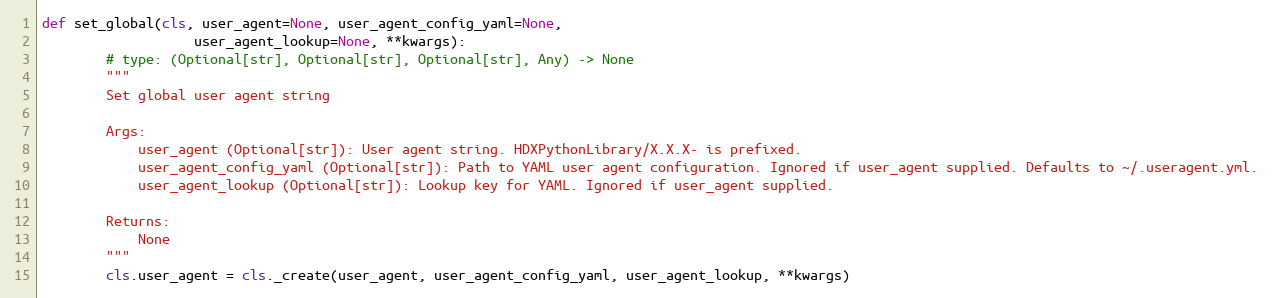
Language: Python
def set_global(cls, user_agent=None, user_agent_config_yaml=None,
                   user_agent_lookup=None, **kwargs):
        # type: (Optional[str], Optional[str], Optional[str], Any) -> None
        """
        Set global user agent string

        Args:
            user_agent (Optional[str]): User agent string. HDXPythonLibrary/X.X.X- is prefixed.
            user_agent_config_yaml (Optional[str]): Path to YAML user agent configuration. Ignored if user_agent supplied. Defaults to ~/.useragent.yml.
            user_agent_lookup (Optional[str]): Lookup key for YAML. Ignored if user_agent supplied.

        Returns:
            None
        """
        cls.user_agent = cls._create(user_agent, user_agent_config_yaml, user_agent_lookup, **kwargs)